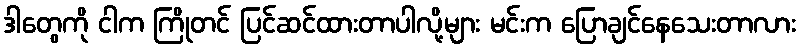
ဒါတွေကို ငါက ကြိုတင် ပြင်ဆင်ထားတာပါလို့များ မင်းက ပြောချင်နေသေးတာလား